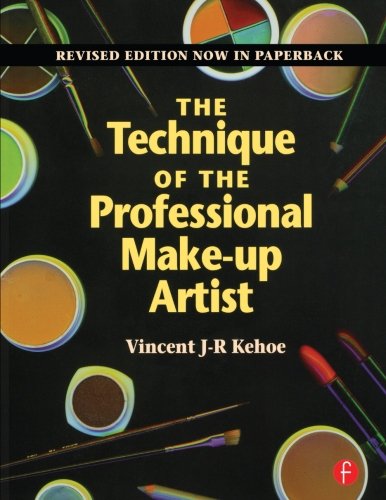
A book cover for The Technique of the Professional Make-Up Artist; Vincent Kehoe; Humor & Entertainment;